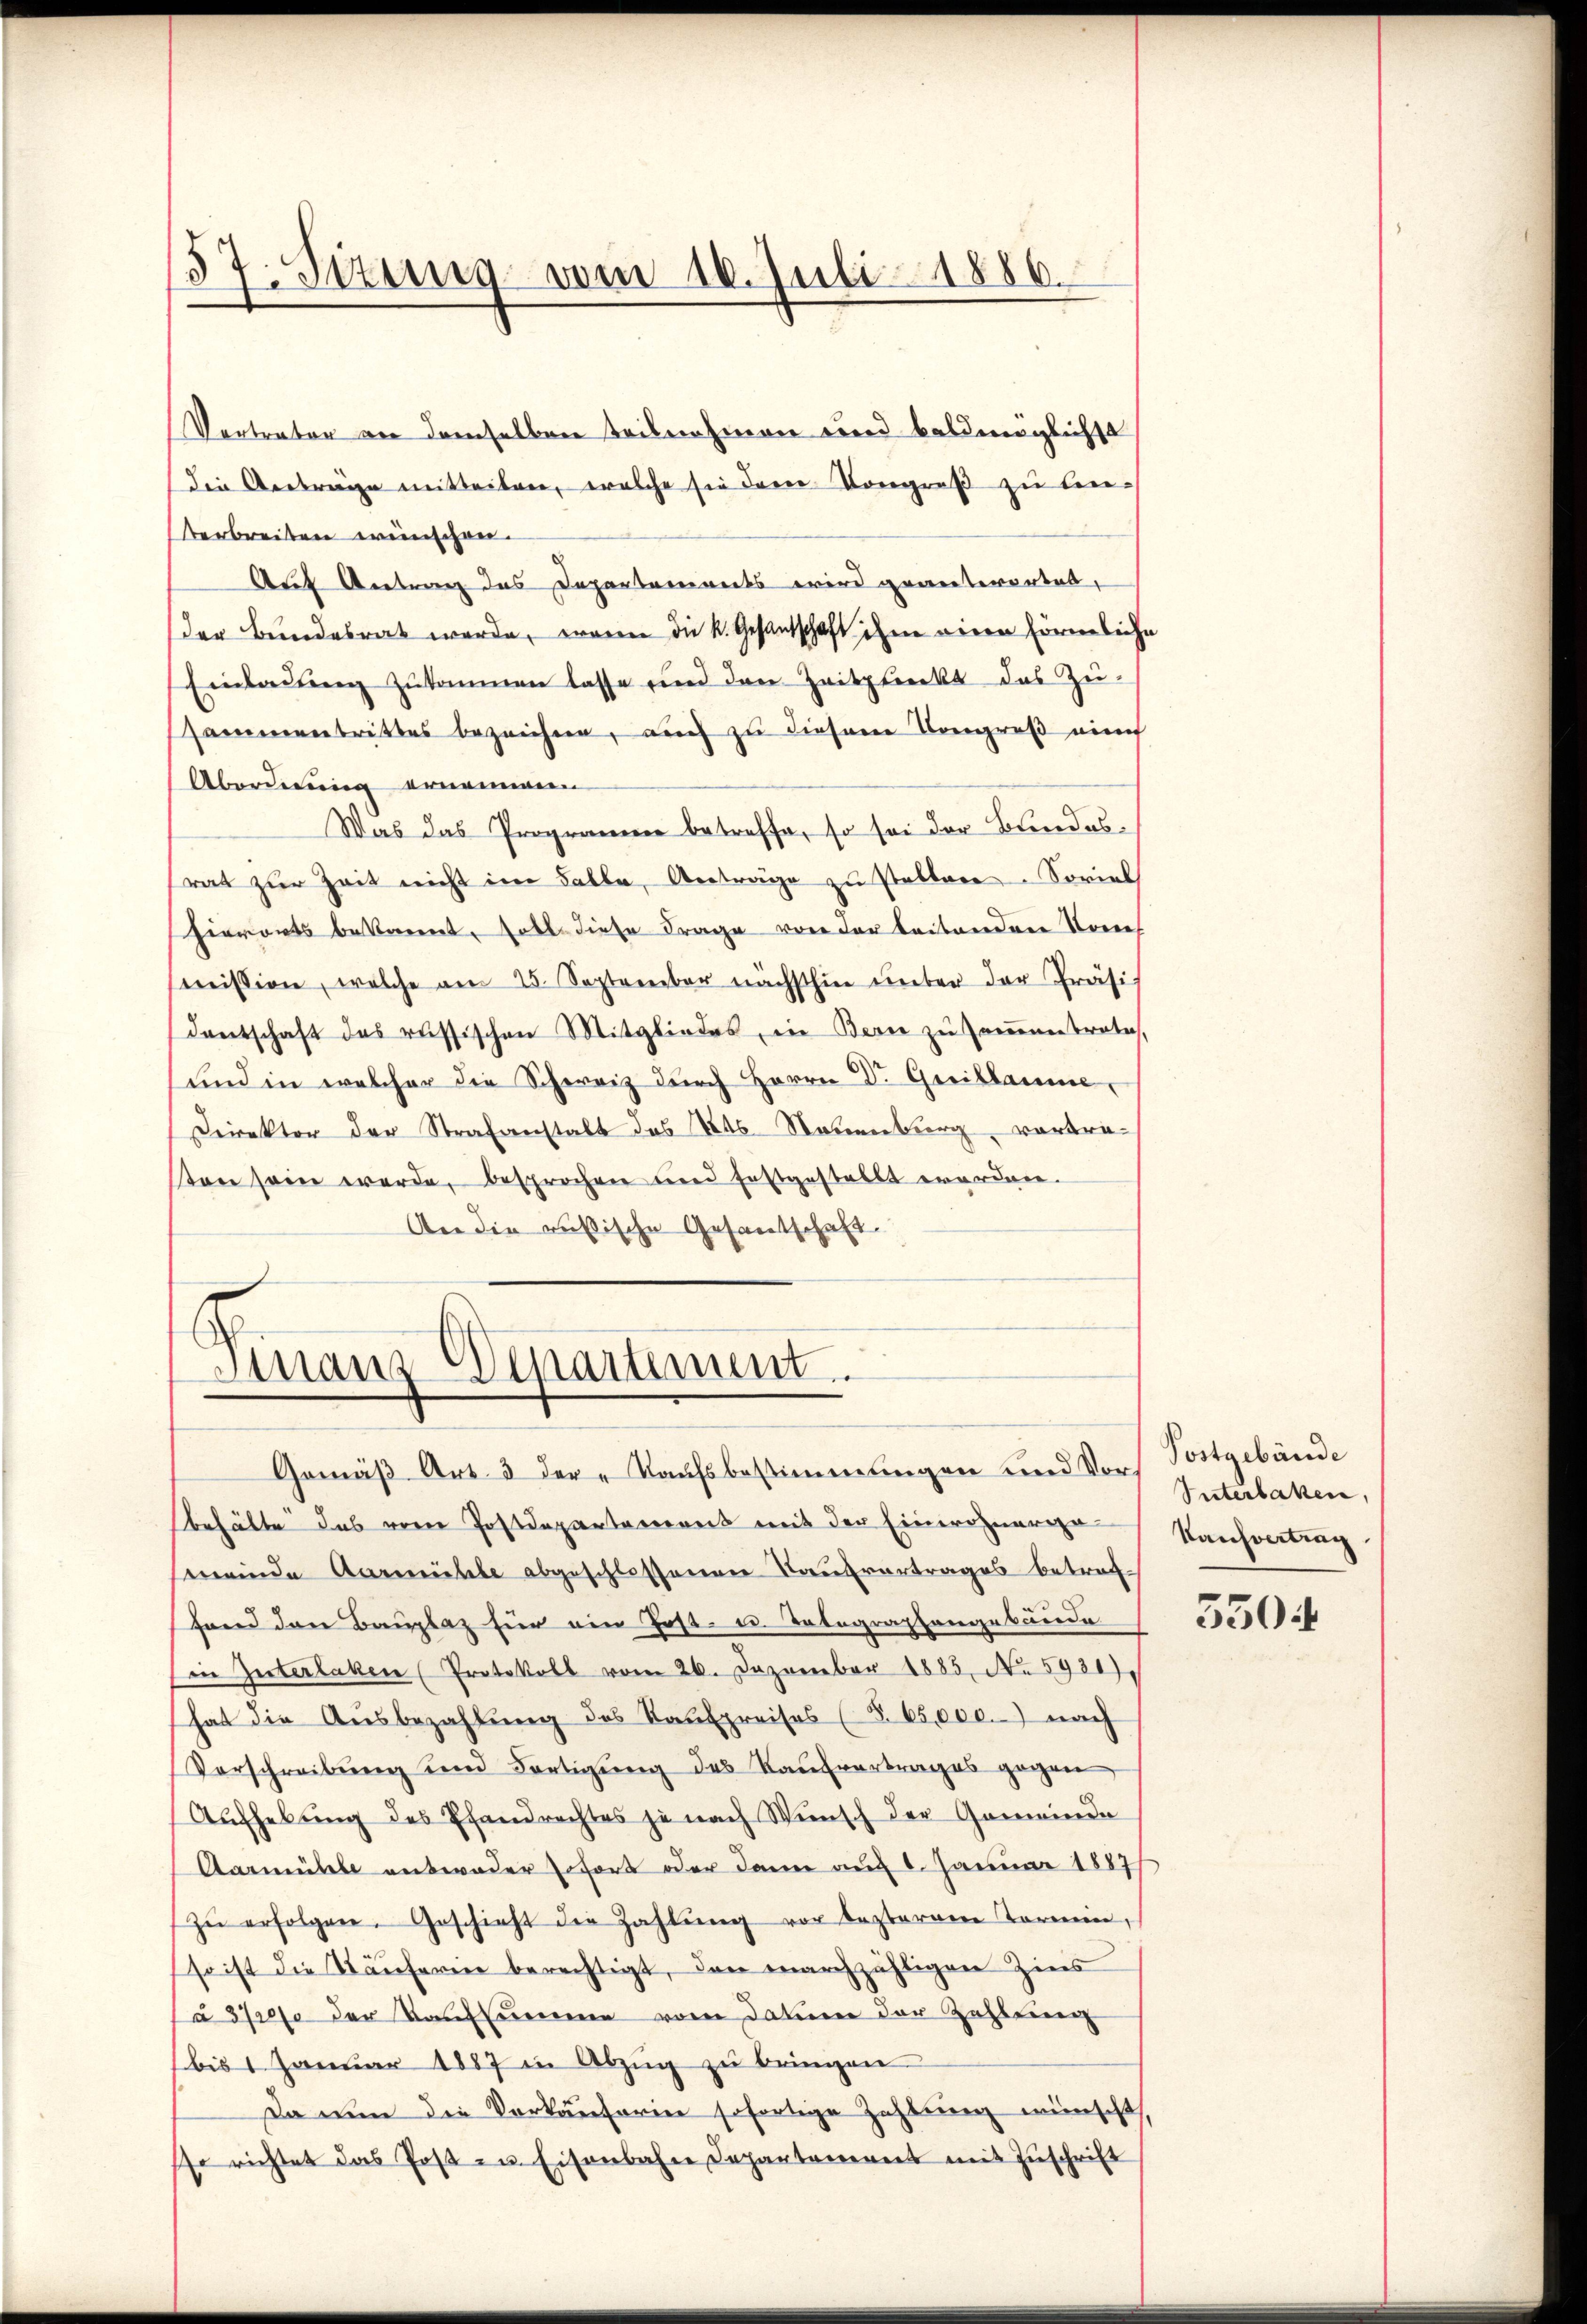
)
37. Sizung vom 16. Juli 1886.

Vertrater an demselben teilnahmen und baldmöglichst
Die Anträge mitteilen, welche sie dem Kongreß zu lei¬
Verbreiten wünschen.
Auf Antrag das Departements wird geanterortel,
der Bundesrat werde, waren die k. Gesantschaft ihm einen förmliche
Einladung zukommen lasse und den Zeitpunkt das Zu-
sammentrittes bezeichne, auch zu diesem Congreß auf
Abordnung ernommen
Was das Programme betreffe, so sei der Bundesrat zŭr Zeit nicht im Falle, Anträge zŭ stellen. Soviel
hierorts bekannt, soll diese Frage von der beitenden Sonnes
mission, welche am 25. September nächsthin unter der Präsi
dentschaft das russischen Mitgliedes, in Bern zu samentrete,
und in welcher die Schweiz durch Herrn Dr. Greillaume,
Direktor der Strafanstalt das 446. Neuenburg vortrason sein werde, besprochen und festgestellt worden.
An die russische Gesandtschaft.

Sinaus Venaitiment

Gemäß Art. 3 der „Kaufsbestimmungen und Vors Postgebäude
behälte das vom Postdepartament mit der Einwohnerga
meinde Aarmühle abgeschlossenen Kaufvertrages betref¬
Hand den Bauplaz für ein Post- u. Telegraphengebäude
(in Interlaken (Protokoll vom 26. Dezember 1885, No. 5931),
hat die Aŭsbezahlŭng des Kaŭfpreises (§ 65,000.-) nach
Vorschreibŭng und Fortigŭng des Kaŭfvertrages gegen,
Aŭfhebŭng des Pfandrechtes je nach Wünsch der Gemeinde
Aarmühle entweder sofort oder dann auf 1. Januar 1887
zŭ erfolgen. Geschieht die Zahlŭng vor lezterem Tormen,
so ist die Käuferie berechtigt, den marchzähligen Zins
(à 372 f. der Kaufsumme vom Datum der Zahlung
bis 1 Januar 1887 in Abzug zu bringen
Da nun die Verkäuferien sofortige Zahlung wünscht,
so richtet das Post in Eisenbahn Departanereit mit Zŭschrift

Interlaken,
Kaufvertrag

5504